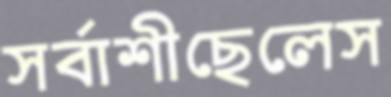
সর্বাশীছেলেস